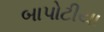
બાપોટીયા